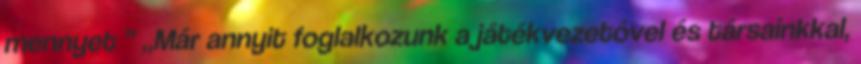
mennyet ” „Már annyit foglalkozunk a játékvezetővel és társainkkal,